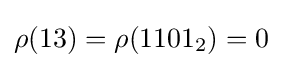
\rho (13)=\rho (1101_{2})=0